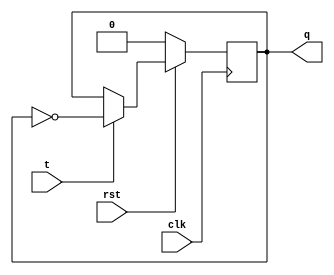
module tff(t,clk,rst,q);
    input t,clk,rst;
    output reg q;
    always @(negedge clk) begin
        if (!rst)
            q<=0;
        else if(t)
            q<=!q;
    end
endmodule